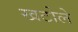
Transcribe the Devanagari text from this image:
खटोले